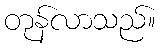
တုန်လာသည်။